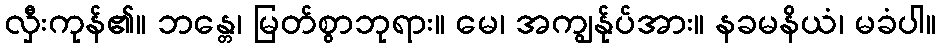
လှီးကုန်၏။ ဘန္တေ၊ မြတ်စွာဘုရား။ မေ၊ အကျွန်ုပ်အား။ နခမနိယံ၊ မခံပါ။